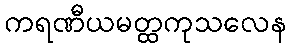
ကရဏီယမတ္ထကုသလေန